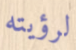
لرؤيته